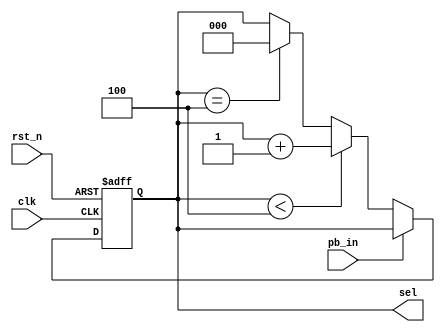

module selection_counter(sel, clk, rst_n, pb_in);


output [2:0]sel;
input clk, rst_n, pb_in;
//pb_in is input which is pure input from button.
//pb_in will connect with "p_out" of Top_button module.
reg [2:0] sel;

always@(posedge clk or negedge rst_n)
begin
if (~rst_n)
sel <= 3'b000;
else if(~pb_in)//Tilta removed.
begin
if(sel <3'b100)
sel <= sel+1'b1;
else if(sel == 3'b100)
sel <= 3'b000;
end
else
sel <= sel;
end
endmodule